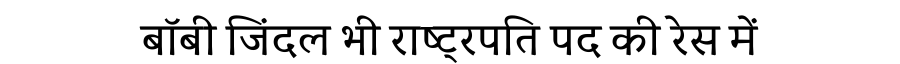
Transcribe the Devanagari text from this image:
बॉबी जिंदल भी राष्ट्रपति पद की रेस में